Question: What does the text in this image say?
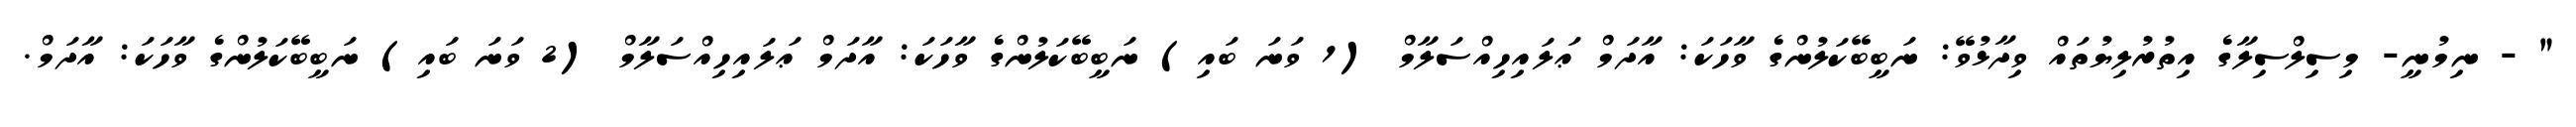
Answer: " - ނިމުނީ- މިސިލްސިލާގެ އިތުރުލިޔުތައް ވިދާޅުވޭ: ނަބީބޭކަލުންގެ ވާހަކަ: އާދަމް ޢަލައިހިއްސަލާމް (1 ވަނަ ބައި) ނަބީބޭކަލުންގެ ވާހަކަ: އާދަމް ޢަލައިހިއްސަލާމް (2 ވަނަ ބައި) ނަބީބޭކަލުންގެ ވާހަކަ: އާދަމް.